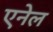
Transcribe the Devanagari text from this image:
एनेल